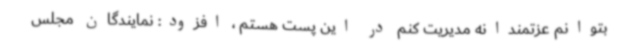
بتوانم عزتمندانه مدیریت کنم در این پست هستم ، افزود: نمایندگان مجلس